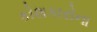
કોશકારોના